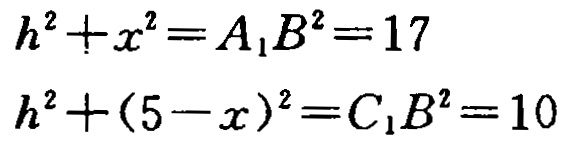
\[

\begin{align*}

h^{2}+x^{2}&=A_{1}B^{2}=17\\

h^{2}+(5 - x)^{2}&=C_{1}B^{2}=10

\end{align*}

\]